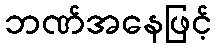
ဘဏ်အနေဖြင့်